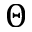
\Theta